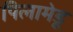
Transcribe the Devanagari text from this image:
पिलामेडू